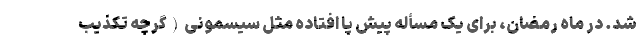
شد. در ماه رمضان، برای یک مسأله پیش پا افتاده مثل سیسمونی(گرچه تکذیب